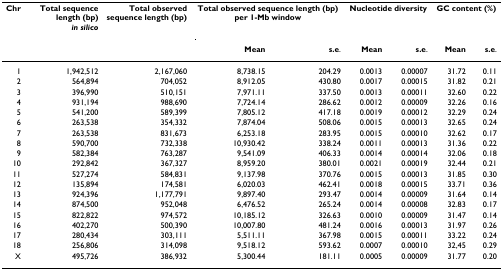
<table><thead><tr><td><b>Chr</b></td><td><b>Total sequence length (bp)<i>in silico</i></b></td><td><b>Total observed sequence length (bp)</b></td><td colspan="2"><b>Total observed sequence length (bp) per 1-Mb window</b></td><td colspan="2"><b>Nucleotide diversity</b></td><td colspan="2"><b>GC content (%)</b></td></tr><tr><td></td><td></td><td></td><td><b>Mean</b></td><td><b>s.e.</b></td><td><b>Mean</b></td><td><b>s.e.</b></td><td><b>Mean</b></td><td><b>s.e.</b></td></tr></thead><tbody><tr><td>1</td><td>1,942,512</td><td>2,167,060</td><td>8,738.15</td><td>204.29</td><td>0.0013</td><td>0.00007</td><td>31.72</td><td>0.11</td></tr><tr><td>2</td><td>564,894</td><td>704,052</td><td>8,912.05</td><td>430.80</td><td>0.0017</td><td>0.00015</td><td>31.82</td><td>0.21</td></tr><tr><td>3</td><td>396,990</td><td>510,151</td><td>7,971.11</td><td>337.50</td><td>0.0013</td><td>0.00011</td><td>32.60</td><td>0.22</td></tr><tr><td>4</td><td>931,194</td><td>988,690</td><td>7,724.14</td><td>286.62</td><td>0.0012</td><td>0.00009</td><td>32.26</td><td>0.16</td></tr><tr><td>5</td><td>541,200</td><td>589,399</td><td>7,805.12</td><td>417.18</td><td>0.0019</td><td>0.00012</td><td>32.29</td><td>0.24</td></tr><tr><td>6</td><td>263,538</td><td>354,332</td><td>7,874.04</td><td>508.06</td><td>0.0015</td><td>0.00013</td><td>32.65</td><td>0.24</td></tr><tr><td>7</td><td>263,538</td><td>831,673</td><td>6,253.18</td><td>283.95</td><td>0.0015</td><td>0.00010</td><td>32.62</td><td>0.17</td></tr><tr><td>8</td><td>590,700</td><td>732,338</td><td>10,930.42</td><td>338.24</td><td>0.0011</td><td>0.00013</td><td>31.36</td><td>0.22</td></tr><tr><td>9</td><td>582,384</td><td>763,287</td><td>9,541.09</td><td>406.33</td><td>0.0014</td><td>0.00014</td><td>32.06</td><td>0.18</td></tr><tr><td>10</td><td>292,842</td><td>367,327</td><td>8,959.20</td><td>380.01</td><td>0.0021</td><td>0.00019</td><td>32.44</td><td>0.21</td></tr><tr><td>11</td><td>527,274</td><td>584,831</td><td>9,137.98</td><td>370.76</td><td>0.0015</td><td>0.00013</td><td>31.85</td><td>0.30</td></tr><tr><td>12</td><td>135,894</td><td>174,581</td><td>6,020.03</td><td>462.41</td><td>0.0018</td><td>0.00015</td><td>33.71</td><td>0.36</td></tr><tr><td>13</td><td>924,396</td><td>1,177,791</td><td>9,897.40</td><td>293.47</td><td>0.0014</td><td>0.00009</td><td>31.64</td><td>0.14</td></tr><tr><td>14</td><td>874,500</td><td>952,048</td><td>6,476.52</td><td>265.24</td><td>0.0014</td><td>0.00008</td><td>32.83</td><td>0.17</td></tr><tr><td>15</td><td>822,822</td><td>974,572</td><td>10,185.12</td><td>326.63</td><td>0.0010</td><td>0.00009</td><td>31.47</td><td>0.14</td></tr><tr><td>16</td><td>402,270</td><td>500,390</td><td>10,007.80</td><td>481.24</td><td>0.0016</td><td>0.00013</td><td>31.97</td><td>0.26</td></tr><tr><td>17</td><td>280,434</td><td>303,111</td><td>5,511.11</td><td>367.98</td><td>0.0015</td><td>0.00011</td><td>33.22</td><td>0.24</td></tr><tr><td>18</td><td>256,806</td><td>314,098</td><td>9,518.12</td><td>593.62</td><td>0.0007</td><td>0.00010</td><td>32,45</td><td>0.29</td></tr><tr><td>X</td><td>495,726</td><td>386,932</td><td>5,300.44</td><td>181.11</td><td>0.0005</td><td>0.00009</td><td>31.77</td><td>0.20</td></tr></tbody></table>